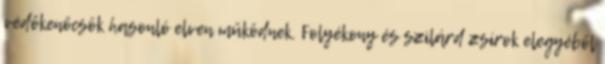
védőkenőcsök hasonló elven működnek. Folyékony és szilárd zsírok elegyéből